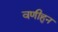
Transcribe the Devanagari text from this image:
वणीहुन